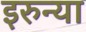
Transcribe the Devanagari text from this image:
इरुन्या